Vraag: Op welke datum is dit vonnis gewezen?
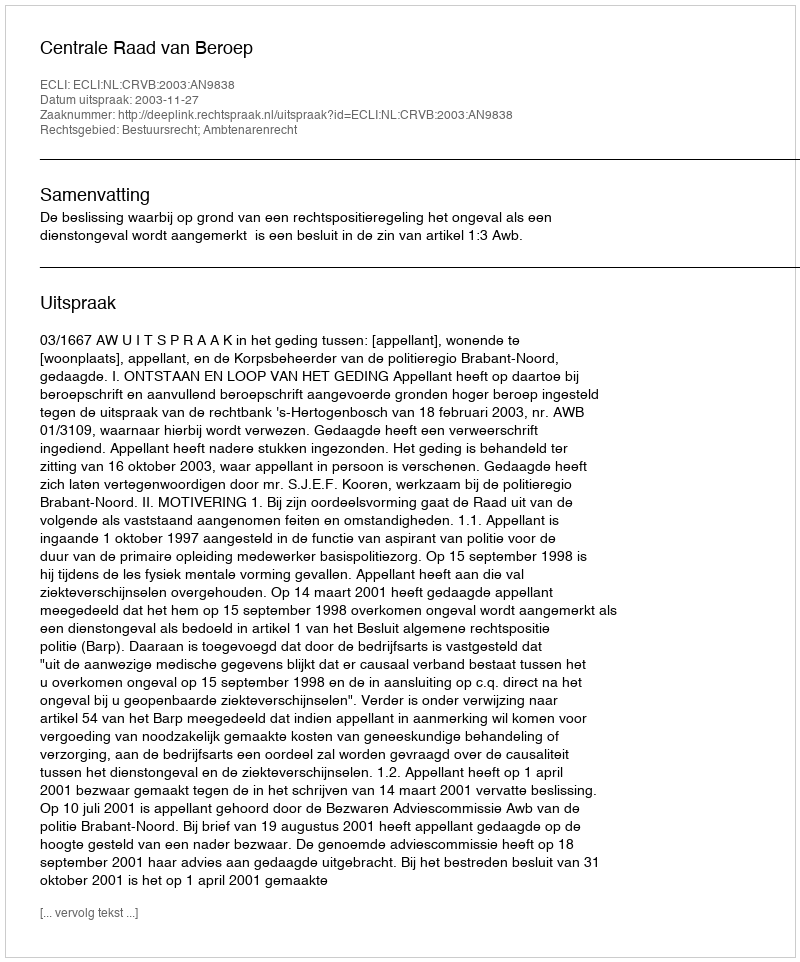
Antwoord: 2003-11-27